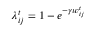
\lambda _ { i j } ^ { t } = 1 - e ^ { - \gamma w _ { i j } ^ { t } }